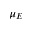
\mu _ { E }